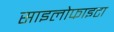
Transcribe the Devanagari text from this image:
साइलोफाइटा